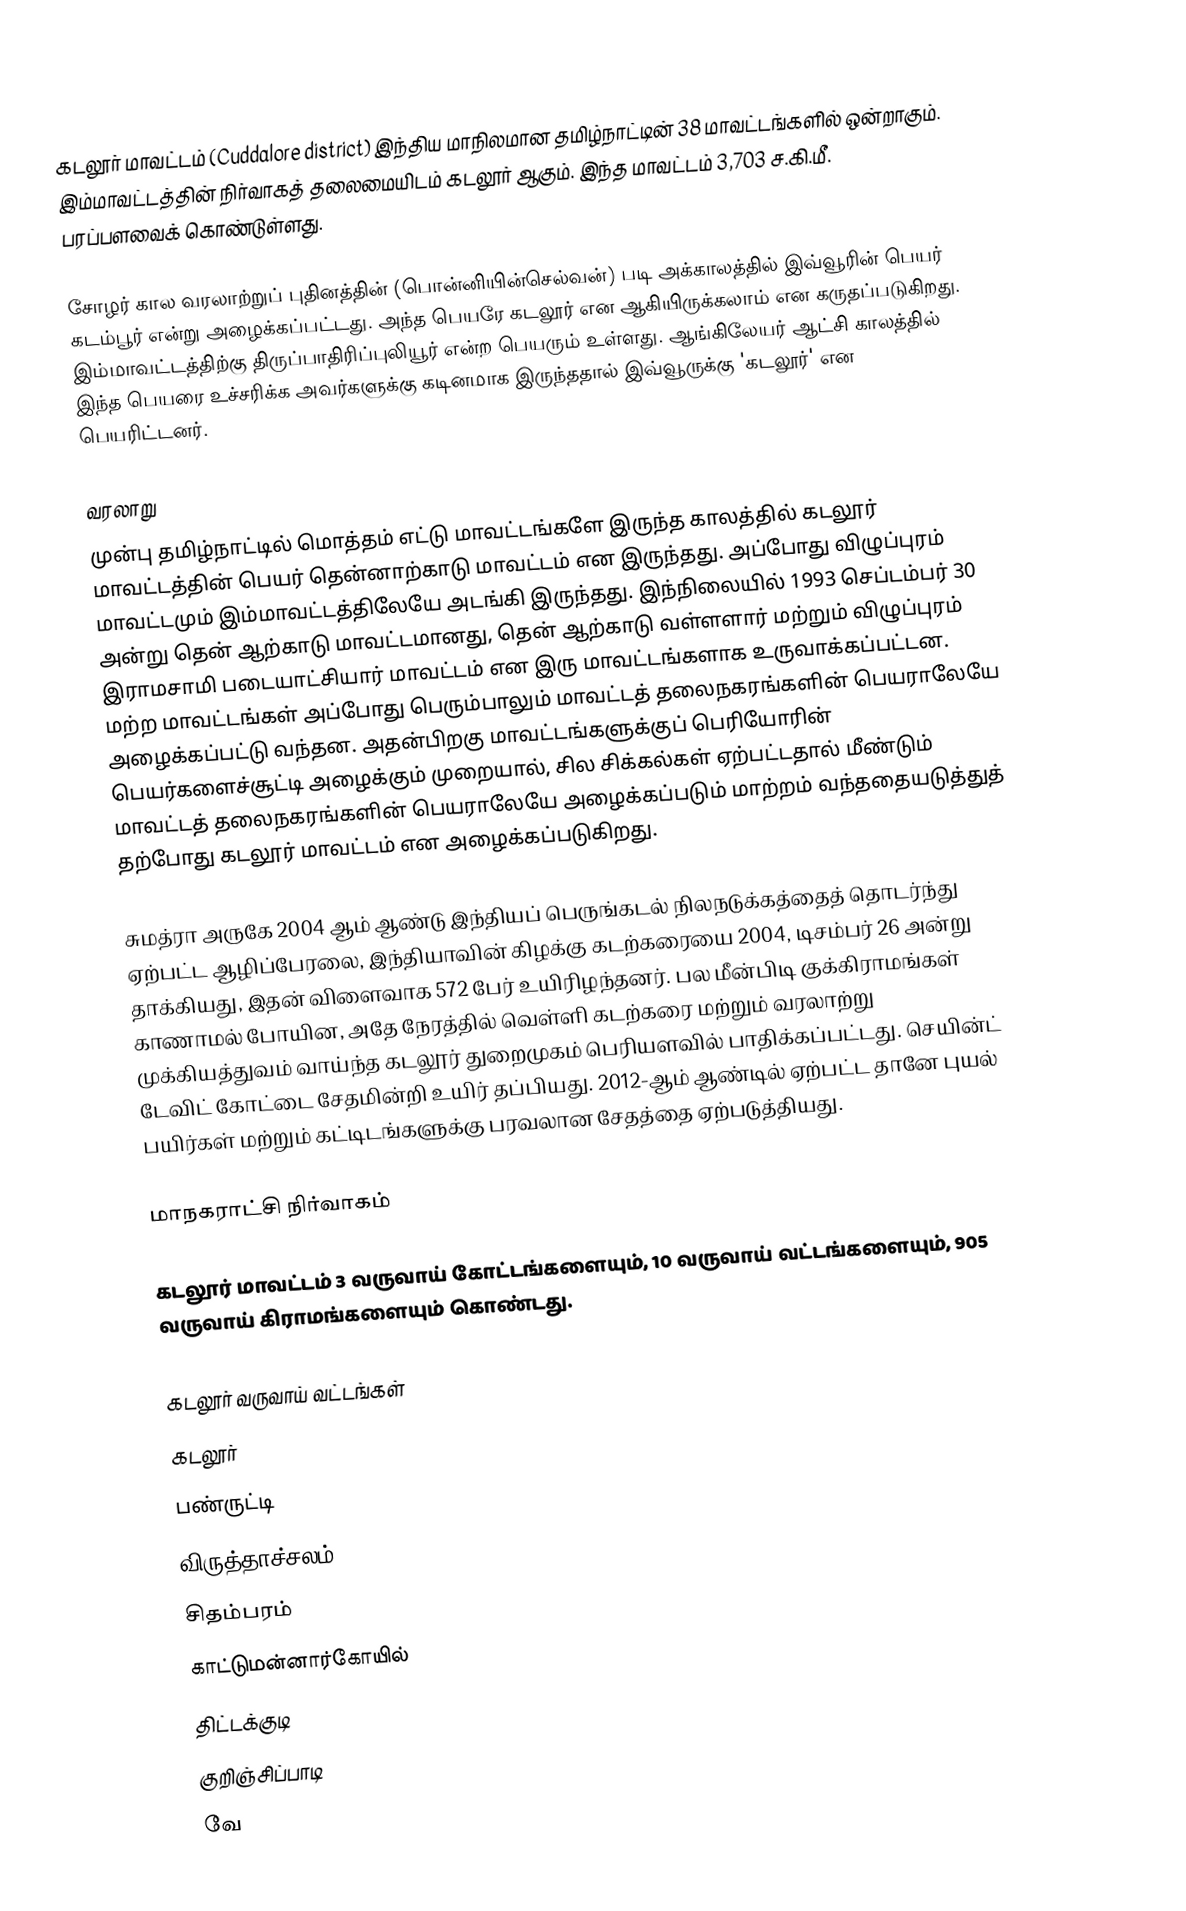
கடலூர் மாவட்டம் (Cuddalore district) இந்திய மாநிலமான தமிழ்நாட்டின் 38 மாவட்டங்களில் ஒன்றாகும். இம்மாவட்டத்தின் நிர்வாகத் தலைமையிடம் கடலூர் ஆகும். இந்த மாவட்டம் 3,703 ச.கி.மீ. பரப்பளவைக் கொண்டுள்ளது.

சோழர் கால வரலாற்றுப் புதினத்தின் (பொன்னியின்செல்வன்)  படி அக்காலத்தில் இவ்வூரின் பெயர் கடம்பூர் என்று அழைக்கப்பட்டது. அந்த பெயரே கடலூர் என ஆகியிருக்கலாம் என கருதப்படுகிறது. இம்மாவட்டத்திற்கு திருப்பாதிரிப்புலியூர் என்ற பெயரும் உள்ளது. ஆங்கிலேயர் ஆட்சி காலத்தில் இந்த பெயரை உச்சரிக்க அவர்களுக்கு கடினமாக இருந்ததால் இவ்வூருக்கு 'கடலூர்' என பெயரிட்டனர்.

வரலாறு
முன்பு தமிழ்நாட்டில் மொத்தம் எட்டு மாவட்டங்களே இருந்த காலத்தில் கடலூர் மாவட்டத்தின் பெயர் தென்னாற்காடு மாவட்டம் என இருந்தது. அப்போது விழுப்புரம் மாவட்டமும் இம்மாவட்டத்திலேயே அடங்கி இருந்தது. இந்நிலையில் 1993 செப்டம்பர் 30 அன்று தென் ஆற்காடு மாவட்டமானது, தென் ஆற்காடு வள்ளளார் மற்றும் விழுப்புரம் இராமசாமி படையாட்சியார் மாவட்டம் என இரு மாவட்டங்களாக உருவாக்கப்பட்டன. மற்ற மாவட்டங்கள் அப்போது பெரும்பாலும் மாவட்டத் தலைநகரங்களின் பெயராலேயே அழைக்கப்பட்டு வந்தன. அதன்பிறகு மாவட்டங்களுக்குப் பெரியோரின் பெயர்களைச்சூட்டி அழைக்கும் முறையால், சில சிக்கல்கள் ஏற்பட்டதால் மீண்டும் மாவட்டத் தலைநகரங்களின் பெயராலேயே அழைக்கப்படும் மாற்றம் வந்ததையடுத்துத் தற்போது கடலூர் மாவட்டம் என அழைக்கப்படுகிறது.

சுமத்ரா அருகே 2004 ஆம் ஆண்டு இந்தியப் பெருங்கடல் நிலநடுக்கத்தைத் தொடர்ந்து ஏற்பட்ட ஆழிப்பேரலை, இந்தியாவின் கிழக்கு கடற்கரையை 2004, டிசம்பர் 26 அன்று தாக்கியது, இதன் விளைவாக 572 பேர் உயிரிழந்தனர். பல மீன்பிடி குக்கிராமங்கள் காணாமல் போயின, அதே நேரத்தில் வெள்ளி கடற்கரை மற்றும் வரலாற்று முக்கியத்துவம் வாய்ந்த கடலூர் துறைமுகம் பெரியளவில் பாதிக்கப்பட்டது. செயின்ட் டேவிட் கோட்டை சேதமின்றி உயிர் தப்பியது. 2012-ஆம் ஆண்டில் ஏற்பட்ட தானே புயல் பயிர்கள் மற்றும் கட்டிடங்களுக்கு பரவலான சேதத்தை ஏற்படுத்தியது.

மாநகராட்சி நிர்வாகம்

கடலூர் மாவட்டம் 3 வருவாய் கோட்டங்களையும், 10 வருவாய் வட்டங்களையும், 905 வருவாய் கிராமங்களையும் கொண்டது.

கடலூர் வருவாய் வட்டங்கள்
 கடலூர்
 பண்ருட்டி
 விருத்தாச்சலம்
 சிதம்பரம்
 காட்டுமன்னார்கோயில்
 திட்டக்குடி
 குறிஞ்சிப்பாடி
 வே